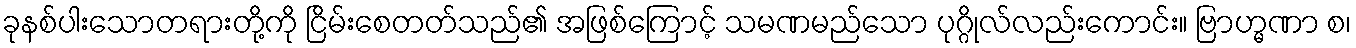
ခုနစ်ပါးသောတရားတို့ကို ငြိမ်းစေတတ်သည်၏ အဖြစ်ကြောင့် သမဏမည်သော ပုဂ္ဂိုလ်လည်းကောင်း။ ဗြာဟ္မဏာ စ၊